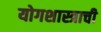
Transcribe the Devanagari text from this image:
योगशास्त्राची